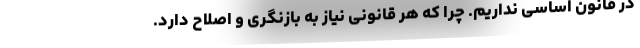
در قانون اساسی نداریم. چرا که هر قانونی نیاز به بازنگری و اصلاح دارد.